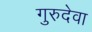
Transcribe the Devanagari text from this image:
गुरुदेवा